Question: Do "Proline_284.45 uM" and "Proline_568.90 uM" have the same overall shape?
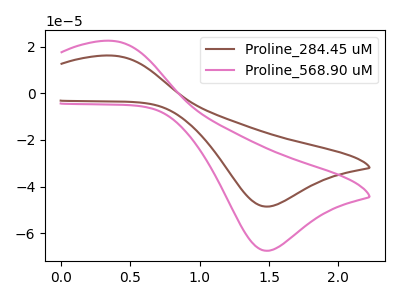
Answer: <think>The brown curve "Proline_284.45 uM" has an anodic peak at (0.35V, 16.20uA) and a cathodic peak at (1.45V, -48.55uA). The pink curve "Proline_568.90 uM" has an anodic peak at (0.35V, 22.55uA) and a cathodic peak at (1.45V, -67.50uA).
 All the peaks in "Proline_284.45 uM" have a peak in "Proline_568.90 uM" at the same potential. Every peak in "Proline_284.45 uM" is lower than every peak in "Proline_568.90 uM".</think>
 <answer>"Proline_284.45 uM" and "Proline_568.90 uM" are similar in shape.</answer>
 <eval>same_shape</eval>